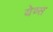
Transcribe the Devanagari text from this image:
येव्स